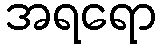
အရရော